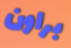
براون